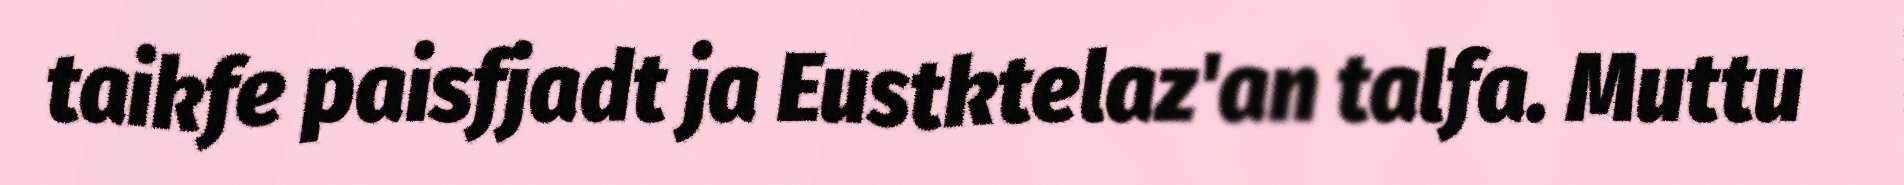
taikfe paisfjadt ja Eustktelaz'an talfa. Muttu